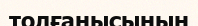
толғанысының